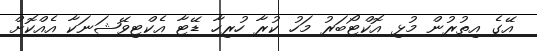
އޭގެ އިތުރުން މުޅި އޮކްޓޯބަރު މަހު ކުރާ ހުރިހާ ޑޭޓާ އެކްޓިވޭޝަނަކާ އެއްކޮށް